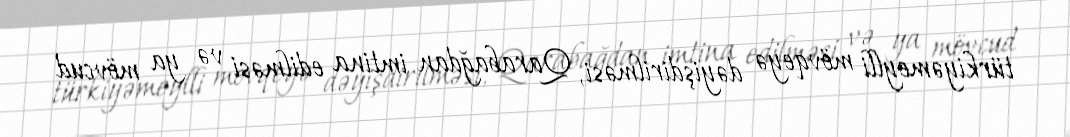
türkiyəmeylli mövqeyə dəyişdirilməsi, Qarabağdan imtina edilməsi və ya mövcud